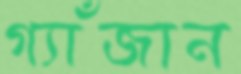
গ্যাঁজান